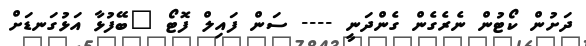
ދަށުން ކޯޓުން ނެރެގެން ގެންދަނީ ---- ސަން ފައިލް ފޮޓޯ "ބޭފުޅާ އަޅުގަނޑަށް